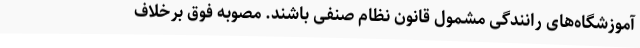
آموزشگاه‌های رانندگی مشمول قانون نظام صنفی باشند. مصوبه فوق برخلاف